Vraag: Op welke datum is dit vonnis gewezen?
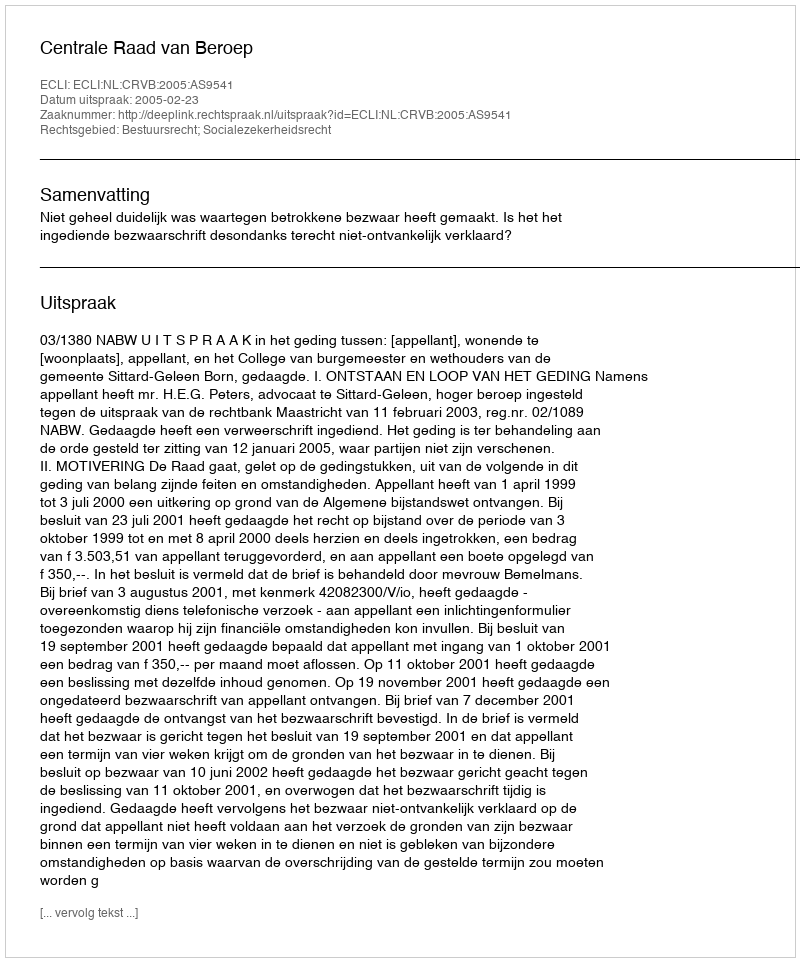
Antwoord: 2005-02-23